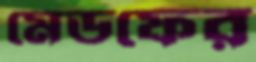
মেডফের